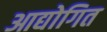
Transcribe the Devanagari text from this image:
आद्योगित